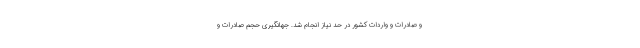
و صادرات و واردات کشور در حد نیاز انجام شد. جهانگیری حجم صادرات و